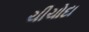
ચીચોદા